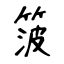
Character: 箥